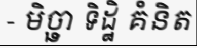
- មិច្ឆា ទិដ្ឋិ គំនិត